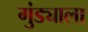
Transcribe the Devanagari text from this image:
गुंड्याला